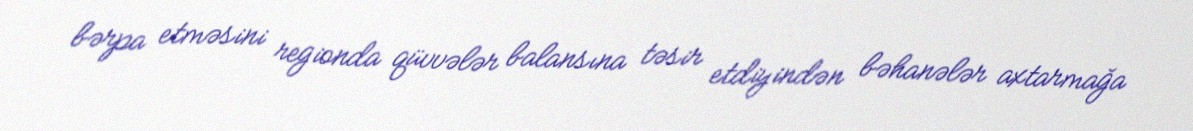
bərpa etməsini regionda qüvvələr balansına təsir etdiyindən bəhanələr axtarmağa